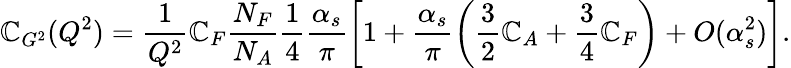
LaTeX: \mathbb{C}_{G^{2}}(Q^{2})=\frac{{1}}{{Q^{2}}}\mathbb{C}_{F}\frac{{N_{F}}}{{N_{A}}}\frac{{1}}{{4}}\frac{{\alpha_{s}}}{{\pi}}\biggl[1+\frac{{\alpha_{s}}}{{\pi}}\biggl(\frac{{3}}{{2}}\mathbb{C}_{A}+\frac{{3}}{{4}}\mathbb{C}_{F}\biggr)+O(\alpha_{s}^{2})\biggr].